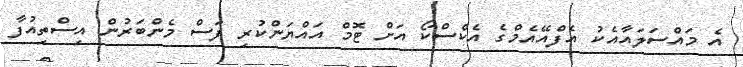
އެ މައްސަލައާއެކު އެފްއޭއެމްގެ އެކްސްކޯ އަށް ޓޮމް އައްޔަންކުރި ފަސް މެންބަރުން އިސްތިއުފާ